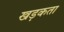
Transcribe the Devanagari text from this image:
खड़कता